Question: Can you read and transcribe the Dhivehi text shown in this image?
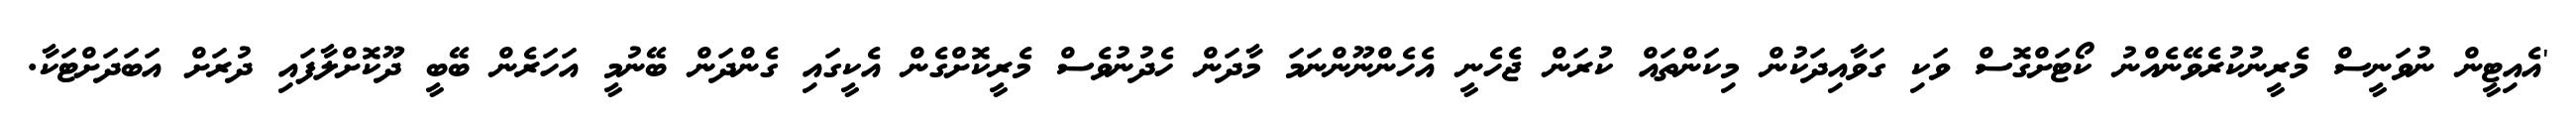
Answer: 'އެއިޓީން ނުވަނީސް މެރީނުކުރެވޭނެއްނު ކޯޓަށްގޮސް ވަކި ގަވާއިދަކުން މިކަންތައް ކުރަން ޖެހެނީ އެހެންނޫންނަމަ މާދަން ހެދުނުވެސް މެރީކޮށްގެން އެކީގައި ގެންދަން ބޭނުމީ އަހަރެން ބޭބީ ދޫކޮށްލާފައި ދުރަށް އަބަދަށްޓަކާ.